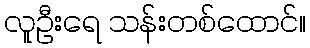
လူဦးရေ သန်းတစ်ထောင်။